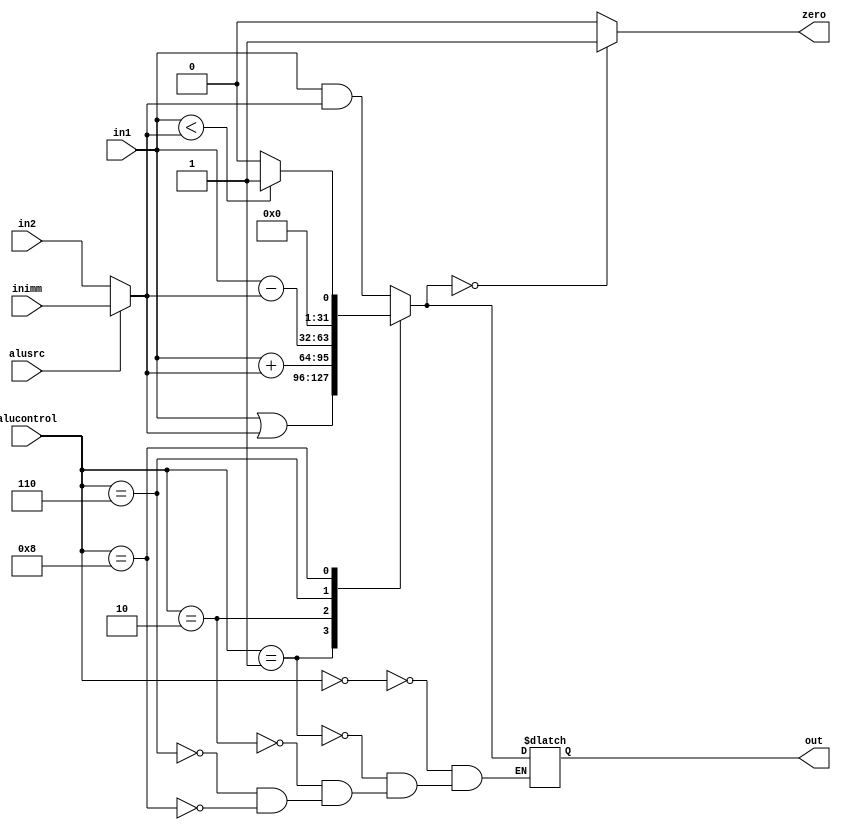
module alu(alucontrol,in1,in2,inimm,out,zero,alusrc);
input [31:0]in1, in2,inimm;
input alusrc;
input  [3:0] alucontrol;
output reg [31:0] out;
output  reg zero;
parameter AND = 4'b0000;
parameter OR = 4'b0001;
parameter ADD = 4'b0010;
parameter SUB = 4'b0110;
parameter COMP = 4'b1000;
reg [31:0] inp2;
always@(*)
begin
if(alusrc==1)
    inp2 = inimm;
else
    inp2 = in2;
case(alucontrol)
AND: out = in1 & inp2;
OR: out = in1 | inp2;
ADD: out = in1 + inp2;
SUB: out = in1 - inp2;
COMP: begin
if(in1<inp2)
    out = 1;
else    
    out = 0;
end
// default: out = 32'bx;
endcase

if(out == 0)
    zero = 1;
else 
    zero = 0;
end
endmodule